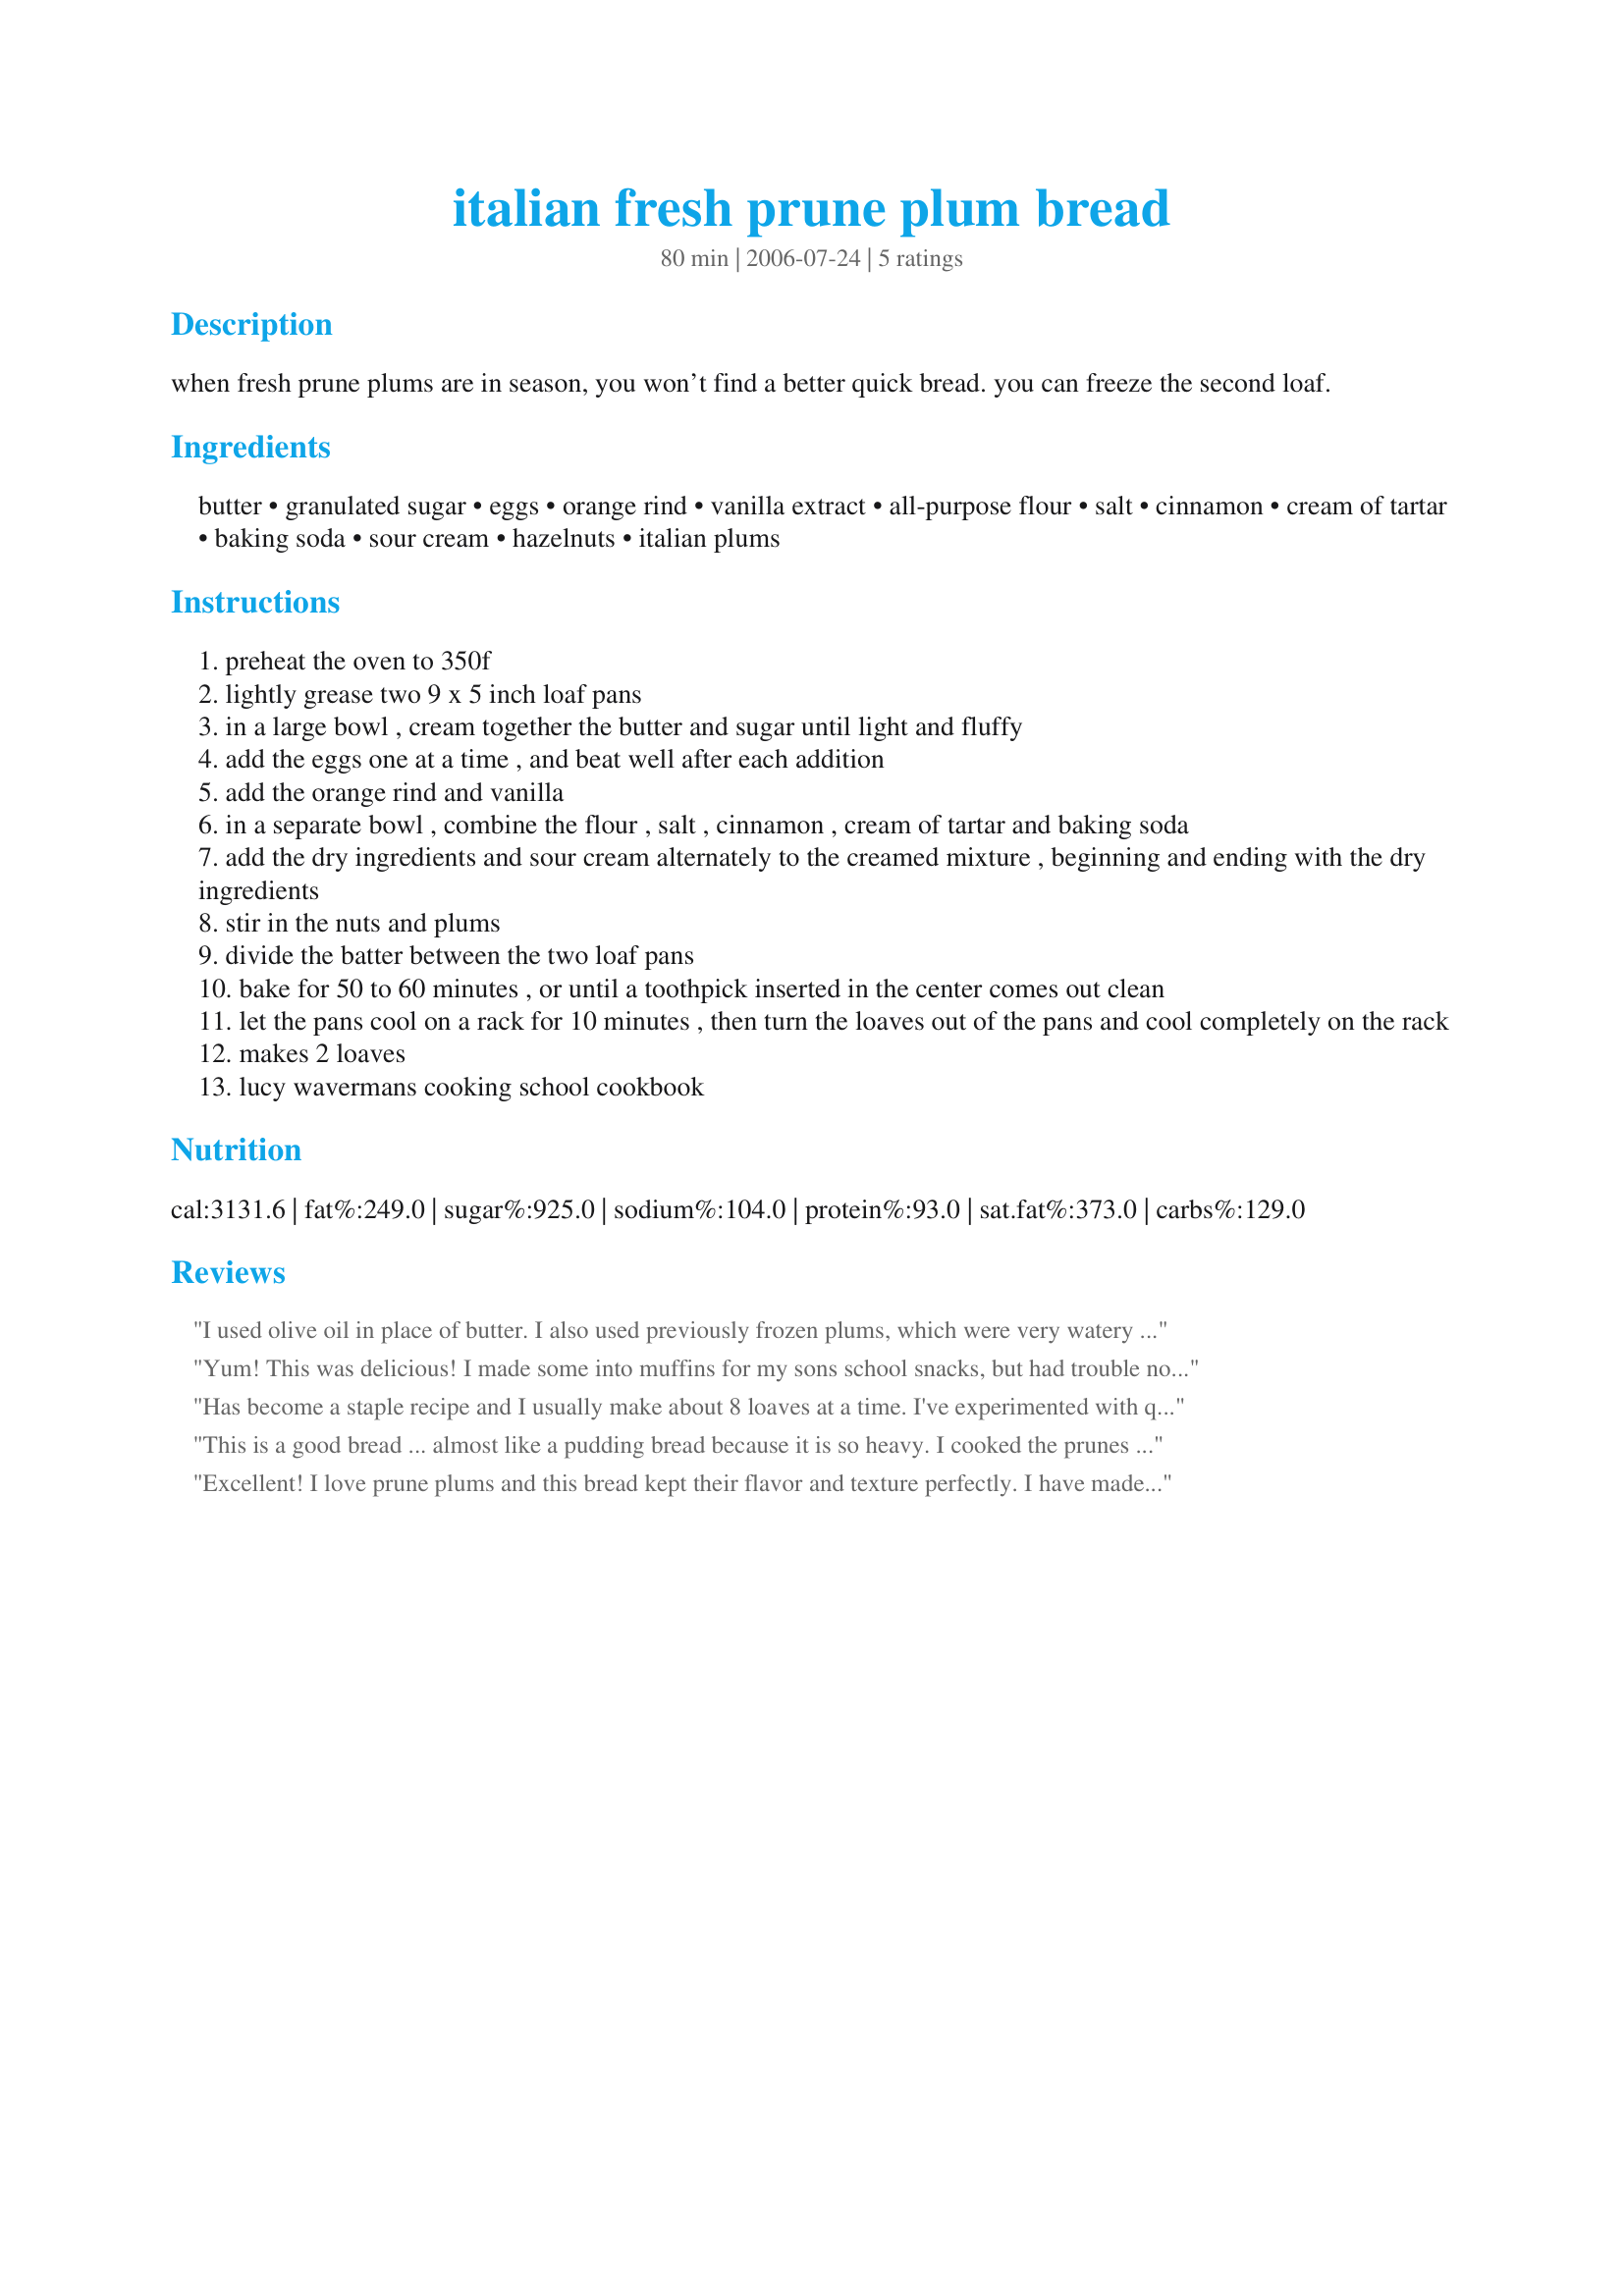
italian fresh prune plum bread
Preparation time: 80 minutes

when fresh prune plums are in season, you won’t find a better quick bread. you can freeze the second loaf.

Ingredients:
butter, granulated sugar, eggs, orange rind, vanilla extract, all-purpose flour, salt, cinnamon, cream of tartar, baking soda, sour cream, hazelnuts, italian plums

Steps:
preheat the oven to 350f
lightly grease two 9 x 5 inch loaf pans
in a large bowl , cream together the butter and sugar until light and fluffy
add the eggs one at a time , and beat well after each addition
add the orange rind and vanilla
in a separate bowl , combine the flour , salt , cinnamon , cream of tartar and baking soda
add the dry ingredients and sour cream alternately to the creamed mixture , beginning and ending with the dry ingredients
stir in the nuts and plums
divide the batter between the two loaf pans
bake for 50 to 60 minutes , or until a toothpick inserted in the center comes out clean
let the pans cool on a rack for 10 minutes , then turn the loaves out of the pans and cool completely on the rack
makes 2 loaves
lucy wavermans cooking school cookbook

Reviews:
I used olive oil in place of butter. I also used previously frozen plums, which were very watery when thawed- next time I'll use fresh plums only. The bread was delicious, even so! Thanks, Olha [Made for Zaar Chef Alphabet Soup]
Yum! This was delicious! I made some into muffins for my sons school snacks, but had trouble not eating them all myself. Just got more prune plums to make more for freezing. I omitted the nuts though as I don't like crunchy bits in soft goods. :)
Has become a staple recipe and I usually make about 8 loaves at a time. I've experimented with quite a few fruit/nut combinations and the family seems to like blueberry/hazelnut and pineapple/macadamia as well as the original. Being somewhat impatient, I just made a batch using regular plums and it's delicious.
This is a good bread ... almost like a pudding bread because it is so heavy. I cooked the prunes just a bit before adding them to the mix but other then that followed the recipe to a T! I am going to try it tonight with a vanilla sauce ... yum!
Excellent! I love prune plums and this bread kept their flavor and texture perfectly. I have made it twice now, once in 2 loaf pans, and the second time I made one loaf and 4 little loaves so I could share with my family. Makes a great desert served warm with some vanilla ice cream...
